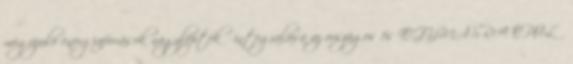
megújuló energiaforrások nagyléptékű integrálása az országos és EGYMÁSRA ÉPÜLŐ